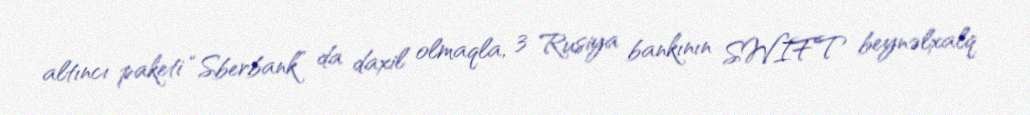
altıncı paketi “Sberbank” da daxil olmaqla, 3 Rusiya bankının SWIFT beynəlxalq